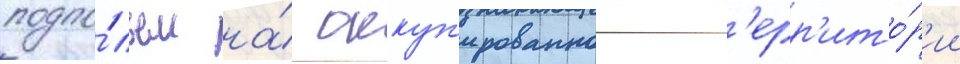
подпо́льем на́ оккуп'ированнои т'ерр'ито́р'ии